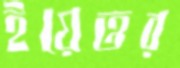
ইয়েত্তর